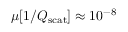
\mu [ 1 / Q _ { \mathrm { s c a t } } ] \approx 1 0 ^ { - 8 }